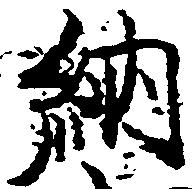
納